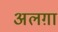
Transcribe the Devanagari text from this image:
अलग़ा